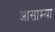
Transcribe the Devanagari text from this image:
आसाम्या